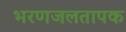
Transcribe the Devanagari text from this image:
भरणजलतापक